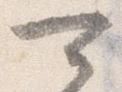
可